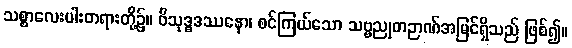
သစ္စာလေးပါးတရားတို့၌။ ဝိသုဒ္ဓဒဿနော၊ စင်ကြယ်သော သဗ္ဗညုတဉာဏ်အမြင်ရှိသည် ဖြစ်၍။